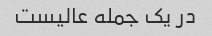
در یک جمله عالیست